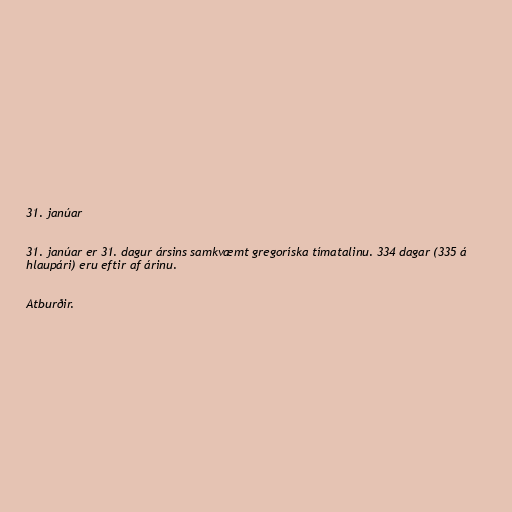
31. janúar

31. janúar er 31. dagur ársins samkvæmt gregoríska tímatalinu. 334 dagar (335 á
hlaupári) eru eftir af árinu.

Atburðir.